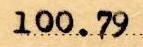
100.79